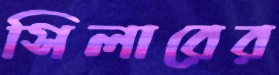
সিলারের